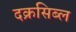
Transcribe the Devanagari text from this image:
दक्रसिब्ल